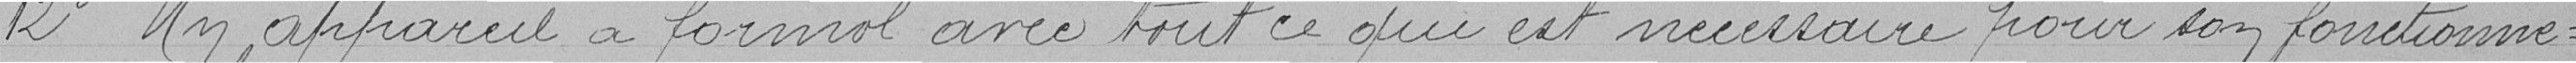
12° Un appareil à formal avec tout ce qui est nécessaire pour son fonctionne